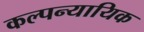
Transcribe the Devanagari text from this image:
कल्पन्यायिक